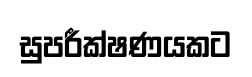
සුපරීක්ෂණයකට